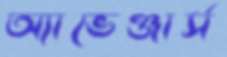
অ্যাভেঞ্জার্স